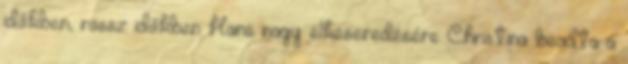
időkben, rossz időkben Hans nagy elkeseredésére Christina beadta a